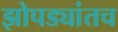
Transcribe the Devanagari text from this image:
झोपड्यांतच